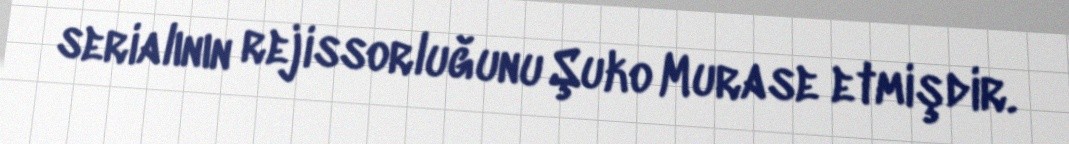
serialının rejissorluğunu Şuko Murase etmişdir.